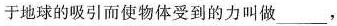
于地球的吸引而使物体受到的力叫做___，